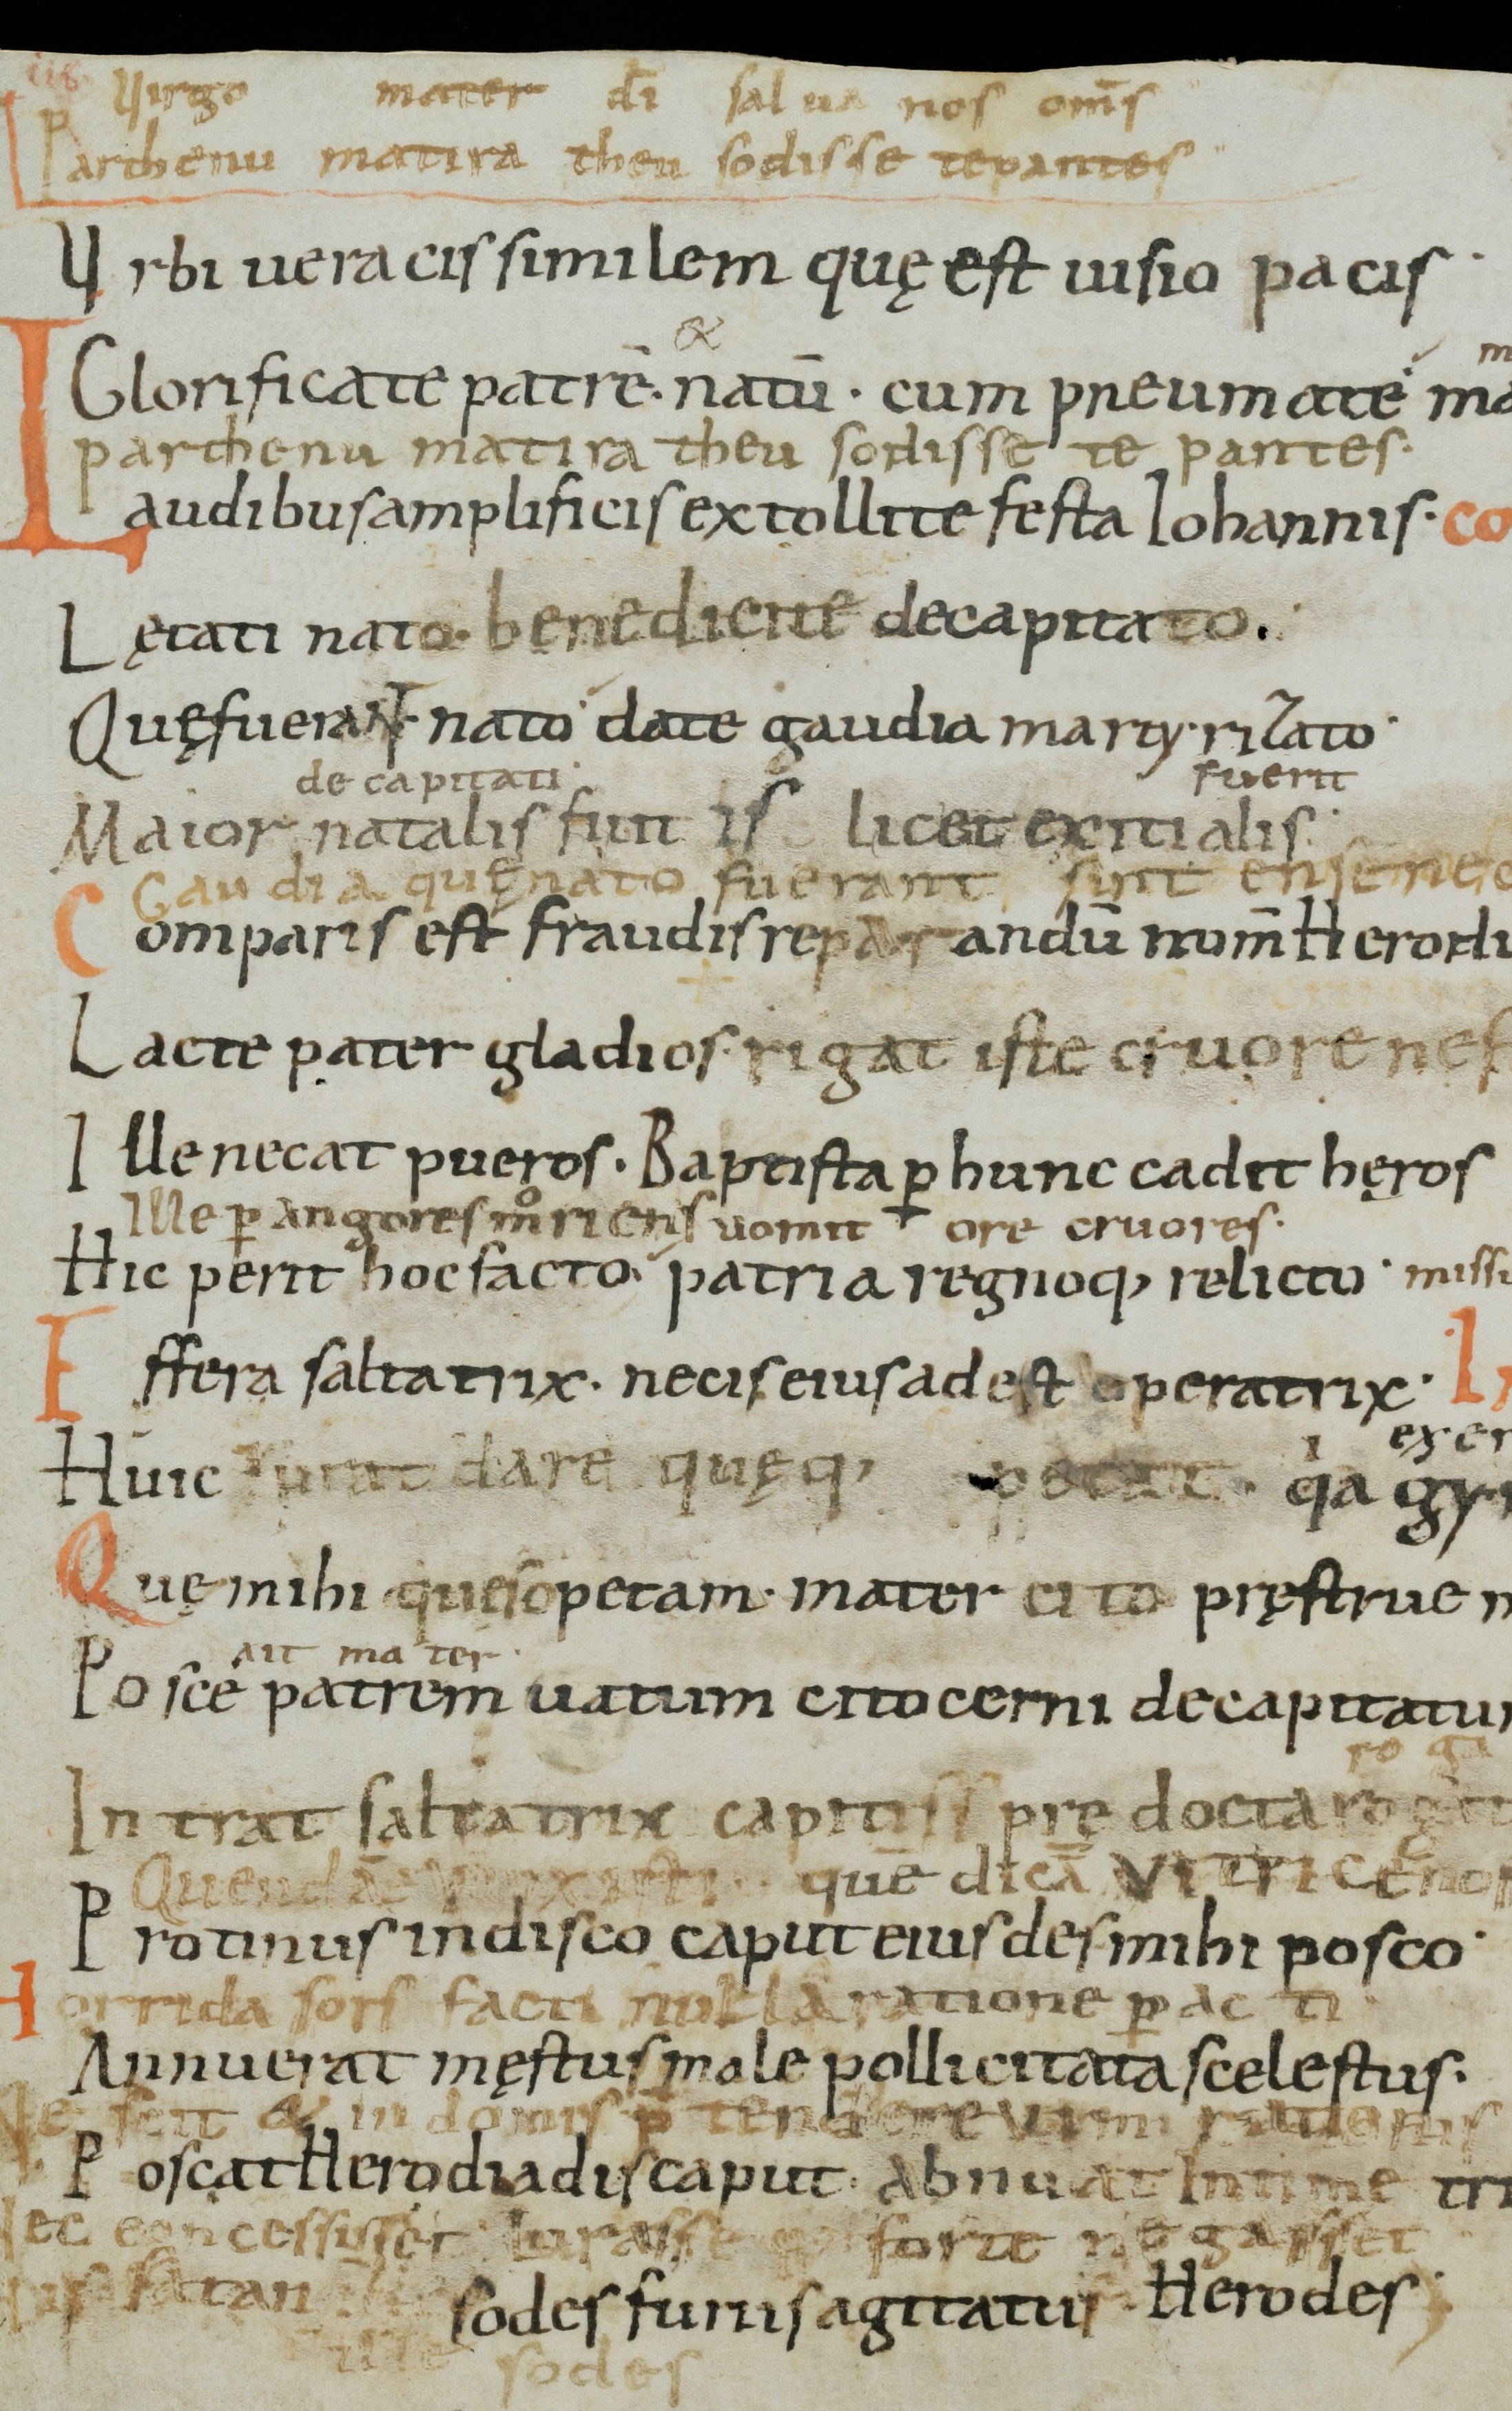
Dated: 1000–1099